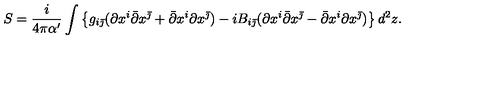
S = \frac i { 4 \pi \alpha ^ { \prime } } \int \left\{ g _ { i \bar { \jmath } } ( \partial x ^ { i } \bar { \partial } x ^ { \bar { \jmath } } + \bar { \partial } x ^ { i } \partial x ^ { \bar { \jmath } } ) - i B _ { i \bar { \jmath } } ( \partial x ^ { i } \bar { \partial } x ^ { \bar { \jmath } } - \bar { \partial } x ^ { i } \partial x ^ { \bar { \jmath } } ) \right\} d ^ { 2 } z .